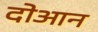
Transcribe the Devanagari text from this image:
दोआन